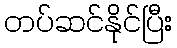
တပ်ဆင်နိုင်ပြီး